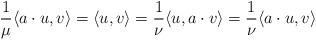
LaTeX: \begin{align*}\frac{1}{\mu}\langle a \cdot u, v \rangle = \langle u,v \rangle = \frac{1}{\nu}\langle u, a \cdot v \rangle = \frac{1}{\nu}\langle a \cdot u, v \rangle\end{align*}